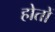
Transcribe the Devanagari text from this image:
होतों